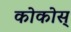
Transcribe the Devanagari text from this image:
कोकोस्